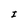
Character: I